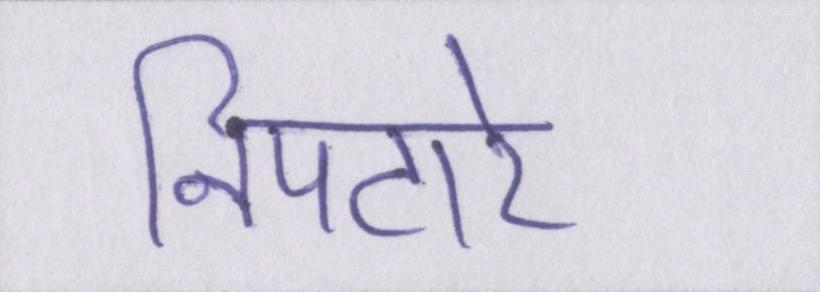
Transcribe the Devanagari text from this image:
निपटारे